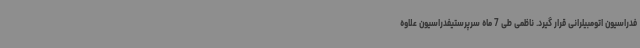
فدراسیون اتومبیلرانی قرار گیرد. ناظمی طی 7 ماه سرپرستیفدراسیون علاوه